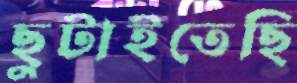
ছুটাইতেছি